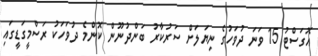
އޮގަސްޓު 15 ވަނަ ދުވަހުގެ ނިޔަލަށް ސަރުކާރު ބަންދުނޫން ކޮންމެ ދުވަހަކު ރަސްމީގަޑީގައި